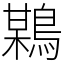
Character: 𪃏